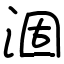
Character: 涸